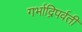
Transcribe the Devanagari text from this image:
गर्भाद्रिपर्वती